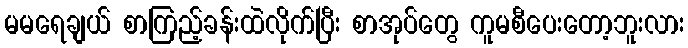
မမရေချယ် စာကြည့်ခန်းထဲလိုက်ပြီး စာအုပ်တွေ ကူမစီပေးတော့ဘူးလား